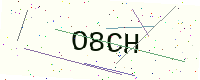
Text: O8CH